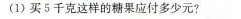
(1)买5千克这样的糖果应付多少元?